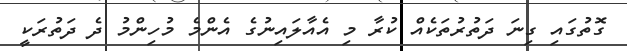
ގޮތުގައި ގިނަ ދަތުރުތަކެއް ކުރާ މި އެއާލައިނުގެ އެންމެ މުހިންމު ދެ ދަތުރަކީ